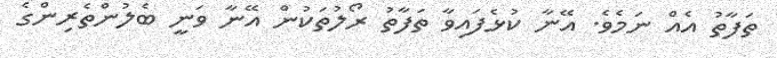
ތަފާތު އެއް ނަމެވެ. އޭނާ ކުޅެފައިވާ ތަފާތު ރޯލުތަކުން އޭނާ ވަނީ ބެލުންތެރިންގެ